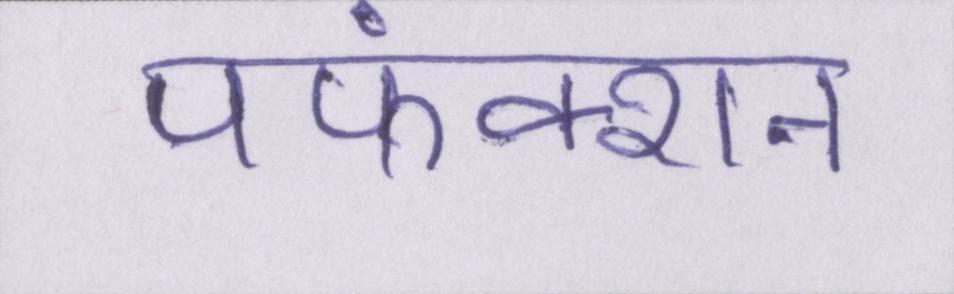
पफंक्शन